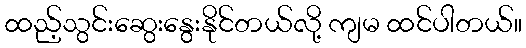
ထည့်သွင်းဆွေးနွေးနိုင်တယ်လို့ ကျမ ထင်ပါတယ်။